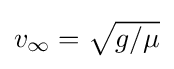
{\textstyle v_{\infty }={\sqrt {g/\mu }}}